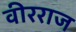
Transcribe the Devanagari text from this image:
वीरराज